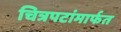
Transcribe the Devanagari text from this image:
चित्रपटांमार्फत